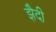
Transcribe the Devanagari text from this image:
झैदी